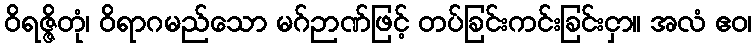
ဝိရဇ္ဇိတုံ၊ ဝိရာဂမည်သော မဂ်ဉာဏ်ဖြင့် တပ်ခြင်းကင်းခြင်းငှာ။ အလံ ဧဝ၊